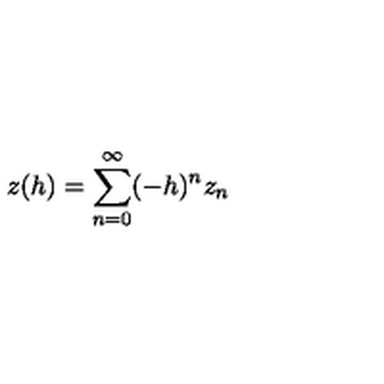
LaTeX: z ( h ) = \sum _ { n = 0 } ^ { \infty } ( - h ) ^ { n } z _ { n }